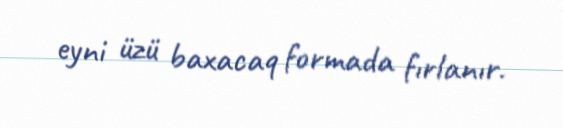
eyni üzü baxacaq formada fırlanır.